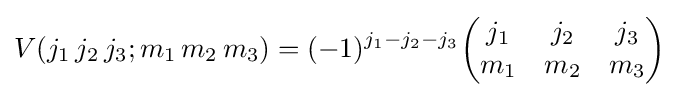
V(j_{1}\,j_{2}\,j_{3};m_{1}\,m_{2}\,m_{3})=(-1)^{j_{1}-j_{2}-j_{3}}{\begin{pmatrix}j_{1}&j_{2}&j_{3}\\m_{1}&m_{2}&m_{3}\end{pmatrix}}